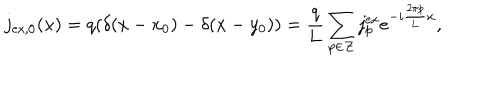
j _ { \mathrm { e x , 0 } } ( x ) = q ( \delta ( x - x _ { 0 } ) - \delta ( x - y _ { 0 } ) ) = \frac { q } { q } { L } \sum _ { p \in \cal Z } j _ { p } ^ { \mathrm { e x } } e ^ { - i \frac { 2 \pi p } { 2 \pi p } { L } x } ,